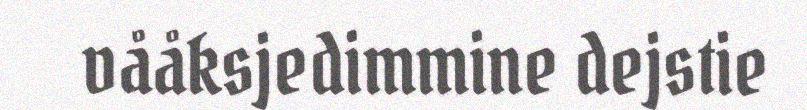
vååksjedimmine dejstie